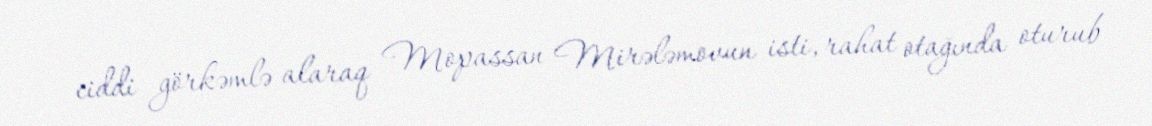
ciddi görkəmlə alaraq Mopassan Mirələmovun isti, rahat otağında oturub